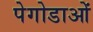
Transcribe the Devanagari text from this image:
पेगोडाओं